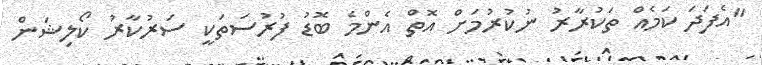
"އެފަދަ ކަމެއް ތަކުރާރު ނުކުރުމަށް އޮތް އެންމެ ބޮޑު ފުރުސަތަކީ ސަރުކާރު ކޯލިޝަން